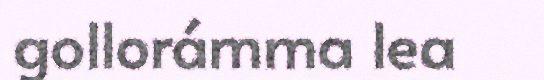
gollorámma lea